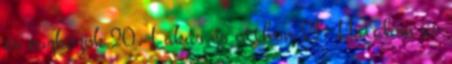
és eszközök 20. Lakás és otthon 21. Hatalom és